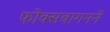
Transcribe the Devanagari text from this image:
फोक्सवागनने